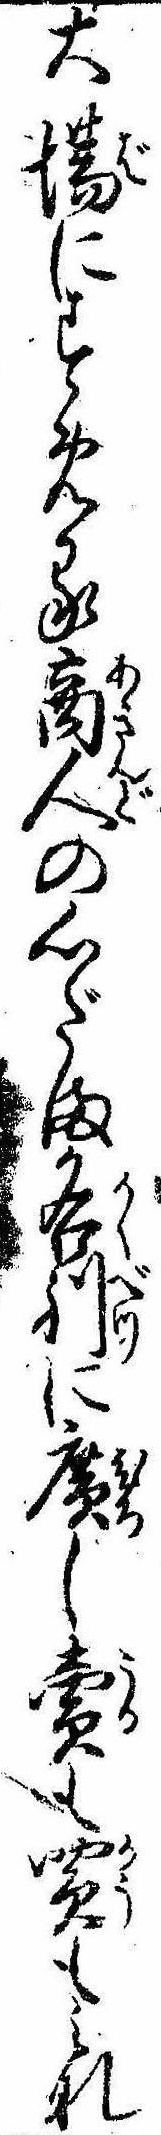
大場にすめる商人の心だま各別に広し売も買もみな